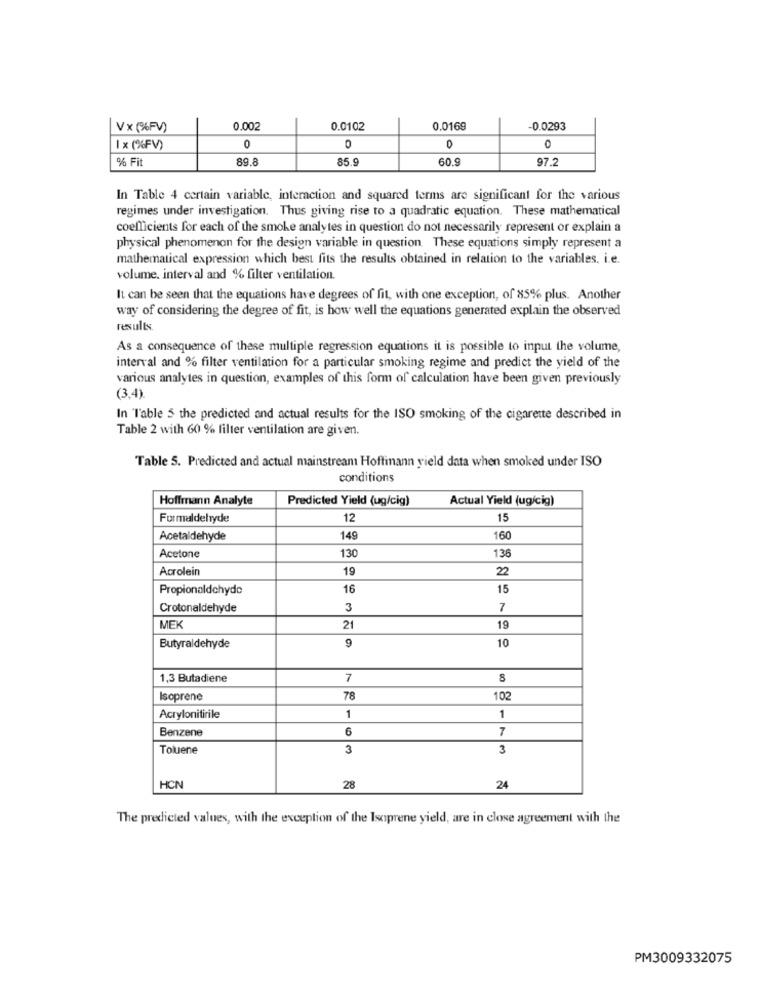
Vx (%FV)
0.002
0.0102
0.0169
-0.0293
1 x (%FV)
0
0
O
% Fit
89.8
85.9
60.9
97.2
In Table 4 certain variable, interaction and squared terms are significant for the various
regimes under investigation. Thus giving rise to a quadratic equation. These mathematical
coefficients for each of the smoke analytes in question do not necessarily represent or explain a
physical phenomenon for the design variable in question. These equations simply represent a
mathematical expression which best fits the results obtained in relation to the variables, i.e.
volume, interval and % filter ventilation.
It can be seen that the equations have degrees of fit, with one exception, of 85% plus. Another
way of considering the degree of fit, is how well the equations generated explain the observed
results.
As a consequence of these multiple regression equations it is possible to input the volume,
interval and % filter ventilation for a particular smoking regime and predict the yield of the
various analytes in question, examples of this form of calculation have been given previously
(3.4)
In Table 5 the predicted and actual results for the ISO smoking of the cigarette described in
Table 2 with 60 % filter ventilation are given.
Table 5. Predicted and actual mainstream Hoffinann yield data when smoked under ISO
conditions
Hoffmann Analyte
Predicted Yield (ug/cig)
Actual Yield (ug/cig)
Formaldehyde
12
15
Acetaldehyde
149
160
130
136
Acetone
Acrolein
19
22
Propionaldehyde
16
15
Crotonaldehyde
3
7
MEK
21
19
Butyraldehyde
9
10
1,3 Butadiene
7
8
Isoprene
78
102
Acrylonitirile
1
1
Benzene
6
7
Toluene
3
3
HCN
28
24
The predicted values, with the exception of the Isoprene yield, are in close agreement with the
PM3009332075